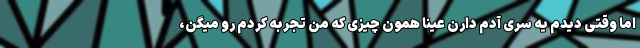
اما وقتی دیدم یه سری آدم دارن عینا همون چیزی که من تجربه کردم رو میگن،